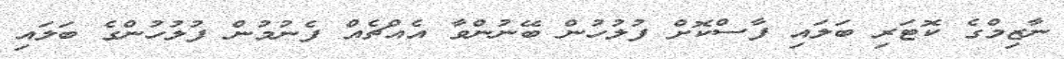
ނާޒިމްގެ ކޮޓަރި ބަލައި ފާސްކޮށް ފުލުހުން ބޭނުންވާ އެއްޗެއް ފެނުމުން ފުލުހުންގެ ބަލައި